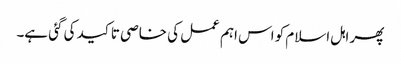
پھر اہل اسلام کو اس اہم عمل کی خاصی تاکید کی گئی ہے۔